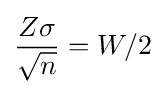
{\frac {Z\sigma }{\sqrt {n}}}=W/2